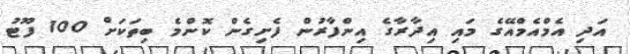
އަދި އެމްއެމްއޭގެ މައި އިދާރާގެ އިންފާރުން ފެށިގެން ކޮންމެ ބިތަކަށް 100 ފޫޓު